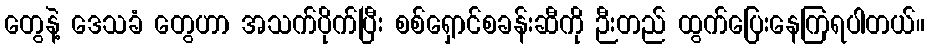
တွေနဲ့ ဒေသခံ တွေဟာ အသက်ပိုက်ပြီး စစ်ရှောင်စခန်းဆီကို ဉီးတည် ထွက်ပြေးနေကြရပါတယ်။